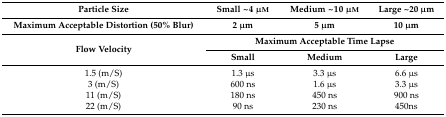
| Particle Size | Small ~4 μm | Medium ~10 μm | Large ~20 μm |
 | Maximum Acceptable Distortion (50% Blur) | 2 μm | 5 μm | 10 μm |
 | <ROWSPAN=2> Flow Velocity | <COLSPAN=3> Maximum Acceptable Time Lapse |
 | Small | Medium | Large |
 | --- | --- | --- | --- |
 | 1.5 (m/S) | 1.3 μs | 3.3 μs | 6.6 μs |
 | 3 (m/S) | 600 ns | 1.6 μs | 3.3 μs |
 | 11 (m/S) | 180 ns | 450 ns | 900 ns |
 | 22 (m/S) | 90 ns | 230 ns | 450ns |